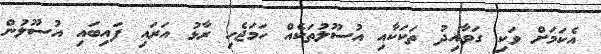
އެކަމަށް ވަކި ގަވާއިދު ތަކަކާއި އުސޫލުތަކެއް ހަމަޖެހި ރާޅު އަރައި ފައިބައި އުސޫލުން